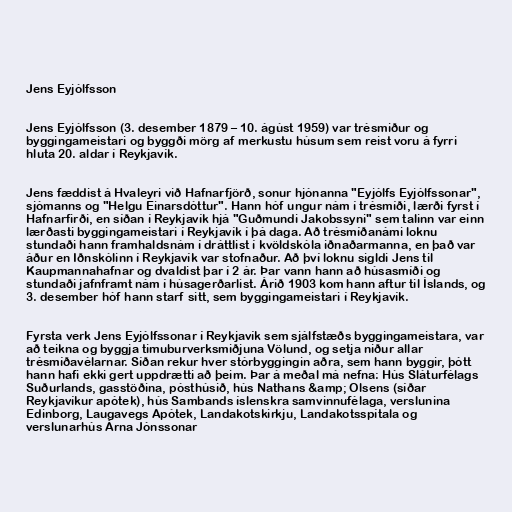
Jens Eyjólfsson

Jens Eyjólfsson (3. desember 1879 – 10. ágúst 1959) var trésmiður og
byggingameistari og byggði mörg af merkustu húsum sem reist voru á fyrri
hluta 20. aldar í Reykjavík.

Jens fæddist á Hvaleyri við Hafnarfjörð, sonur hjónanna "Eyjólfs Eyjólfssonar",
sjómanns og "Helgu Einarsdóttur". Hann hóf ungur nám í trésmíði, lærði fyrst í
Hafnarfirði, en síðan í Reykjavík hjá "Guðmundi Jakobssyni" sem talinn var einn
lærðasti byggingameistari í Reykjavík í þá daga. Að trésmíðanámi loknu
stundaði hann framhaldsnám í dráttlist í kvöldskóla iðnaðarmanna, en það var
áður en Iðnskólinn í Reykjavík var stofnaður. Að því loknu sigldi Jens til
Kaupmannahafnar og dvaldist þar í 2 ár. Þar vann hann að húsasmíði og
stundaði jafnframt nám í húsagerðarlist. Árið 1903 kom hann aftur til Íslands, og
3. desember hóf hann starf sitt, sem byggingameistari í Reykjavík.

Fyrsta verk Jens Eyjólfssonar í Reykjavík sem sjálfstæðs byggingameistara, var
að teikna og byggja timuburverksmiðjuna Völund, og setja niður allar
trésmíðavélarnar. Síðan rekur hver stórbyggingin aðra, sem hann byggir, þótt
hann hafi ekki gert uppdrætti að þeim. Þar á meðal má nefna: Hús Sláturfélags
Suðurlands, gasstöðina, pósthúsið, hús Nathans &amp; Olsens (síðar
Reykjavíkur apótek), hús Sambands íslenskra samvinnufélaga, verslunina
Edinborg, Laugavegs Apótek, Landakotskirkju, Landakotsspítala og
verslunarhús Árna Jónssonar